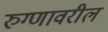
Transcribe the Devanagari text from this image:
रुग्णावरील